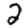
Digit: 2